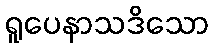
ရူပေနာသဒိသော